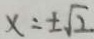
x = \pm \sqrt { 2 }